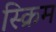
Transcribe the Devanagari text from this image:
स्क्रिम